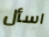
اسأل